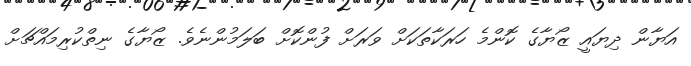
އަޔާން ދިޔައީ ޒޯޔާގެ ކޮންމެ ހަރަކާތަކަށް ވަރަށް ފުންކޮށް ބަލަމުންނެވެ. ޒޯޔާގެ ނިތްކުރިމައްޗަށް